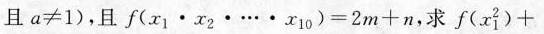
且a ≠ 1 )$$，且$$f ( x _ { 1 } \cdot x _ { 2 } \cdot … \cdot x _ { 1 0 } ) = 2 m + n$$，求$$f ( x _ { 1 } ^ { 2 } ) +